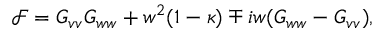
\mathcal { F } = G _ { v v } G _ { w w } + w ^ { 2 } ( 1 - \kappa ) \mp i w ( G _ { w w } - G _ { v v } ) ,